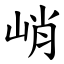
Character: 峭